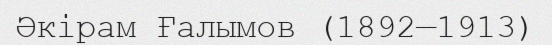
Әкірам Ғалымов (1892—1913)